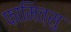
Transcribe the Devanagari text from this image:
फामित्सु